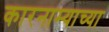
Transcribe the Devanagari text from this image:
कारनाम्याच्या